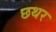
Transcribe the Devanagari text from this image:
छथर